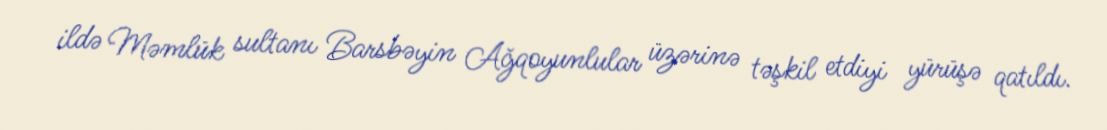
ildə Məmlük sultanı Barsbəyin Ağqoyunlular üzərinə təşkil etdiyi yürüşə qatıldı.